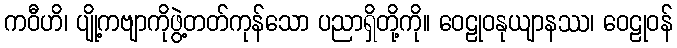
ကဝီဟိ၊ ပျို့ကဗျာကိုဖွဲ့တတ်ကုန်သော ပညာရှိတို့ကို။ ဝေဠုဝနုယျာနဿ၊ ဝေဠုဝန်